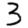
Digit: 3